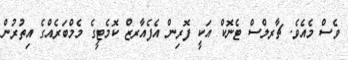
ވެސް މެއެވެ. ޗާރލްސް ޓެނޮކް އަކީ ފޮރިން އެފެއާރޒް ކޮމެޓީގެ މެމްބަރެއްގެ އިތުރުން